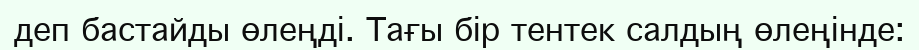
деп бастайды өлеңдi. Тағы бiр тентек салдың өлеңiнде: